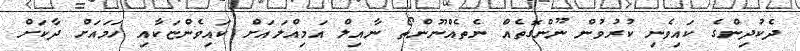
ދެކުދިންގެ ކައިވެނި ކުރުވުން ނޫންގޮތެއް ނެތެއްނޫންތޯ ނާއިލް އަމިއްލައަށް ކައިވެންޏަކާއި ހަމައަށް ދާކަށް